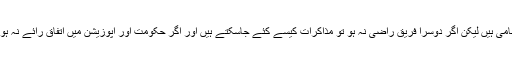
ان کا کہنا تھا کہ ہم آج بھی طالبان سے مذاکرات کے حامی ہیں لیکن اگر دوسرا فریق راضی نہ ہو تو مذاکرات کیسے کئے جاسکتے ہیں اور اگر حکومت اور اپوزیشن میں اتفاق رائے نہ ہوا تو نہ مذاکرات کامیاب ہوسکتے ہیں اور نہ ہی آپریشن۔